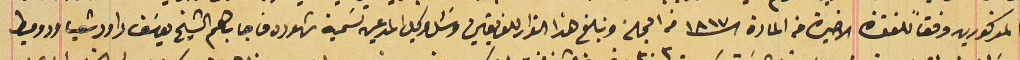
المذكورين وفقاً للفقرة الاخيرة من المادة الـ ١٨١٧ من المجلة وتبلغ هذا القرار للفريقين وسَئل وكيل المدعين تسَمية شهود فاجابهم الشيخ يوسَف داود شعيا ودوميط